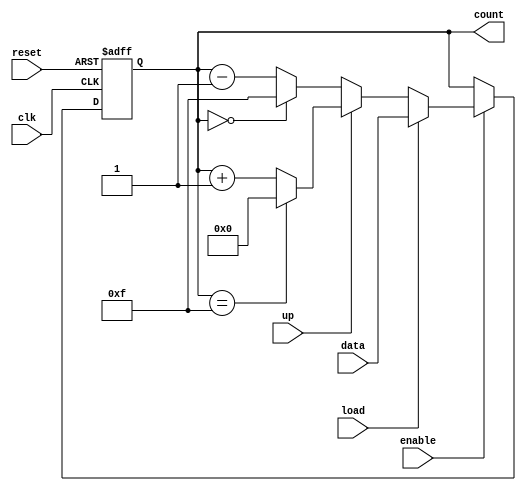
module sync_counter #(
    parameter N = 4  // Number of bits in the counter
)(
    input wire clk,          // Clock signal
    input wire reset,        // Asynchronous reset
    input wire enable,       // Enable signal
    input wire load,         // Load signal
    input wire up,           // Count direction (1 for up, 0 for down)
    input wire [N-1:0] data, // Input data for loading
    output reg [N-1:0] count // Current count value
);

    // Asynchronous reset
    always @(posedge clk or posedge reset) begin
        if (reset) begin
            count <= 0; // Reset count to 0
        end else if (enable) begin
            if (load) begin
                count <= data; // Load the specified value
            end else if (up) begin
                if (count == {N{1'b1}}) begin // Check for maximum value
                    count <= 0; // Wrap around if maximum is reached
                end else begin
                    count <= count + 1; // Increment count
                end
            end else begin
                if (count == 0) begin // Check for minimum value
                    count <= {N{1'b1}}; // Wrap around if minimum is reached
                end else begin
                    count <= count - 1; // Decrement count
                end
            end
        end
    end

endmodule